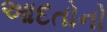
આદતોનો